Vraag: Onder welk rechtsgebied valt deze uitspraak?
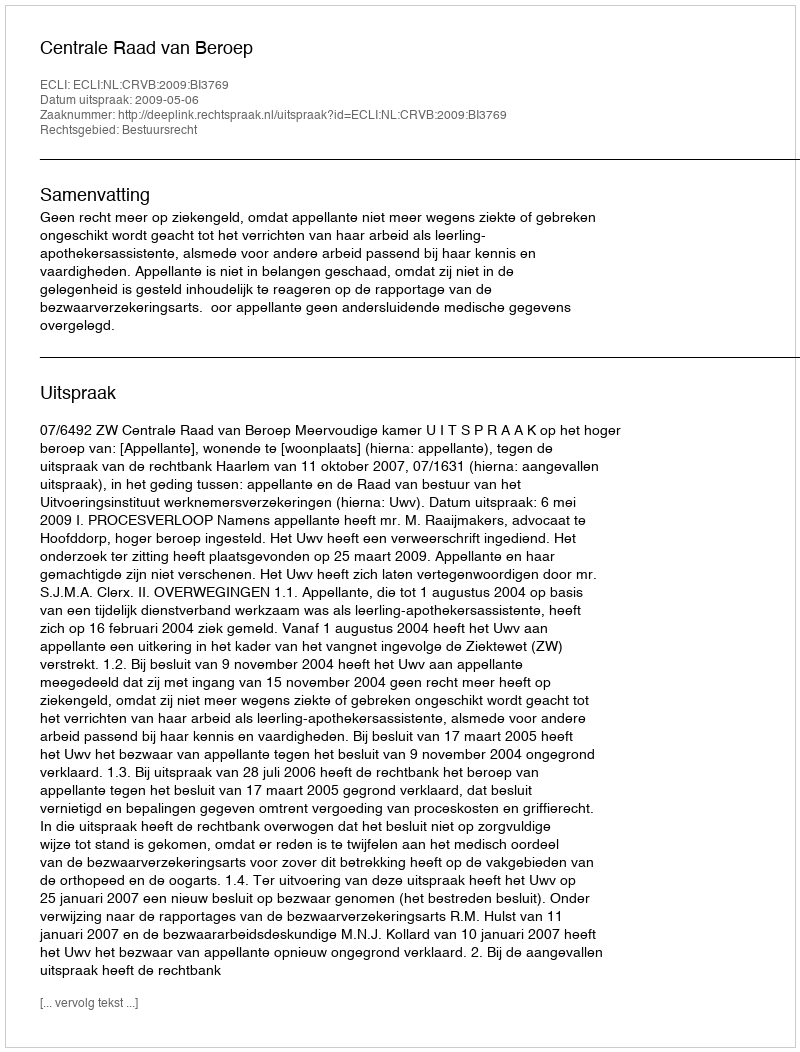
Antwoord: Bestuursrecht